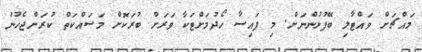
މައްޗަށް ވައްޓާލި ބޭފުޅުންނަށް. މި ފައިސާ ހޯދުމަށްޓަކާ ވަރަށް ބުރަކޮށް މަސައްކަތް ކުރަންޖެހުނު